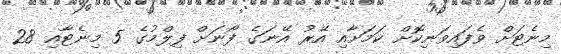
މިނެޓަށް ވެފައިވަނިކޮށް ކަމަށާއި އޭރު އޭނަގެ ފޯނަށް ފިލްމުގެ 5 މިނެޓާއި 28